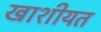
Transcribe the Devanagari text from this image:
खाशीयत